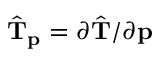
\hat { \mathbf { T } } _ { \mathbf { p } } = \partial \hat { \mathbf { T } } / \partial { \mathbf { p } }